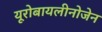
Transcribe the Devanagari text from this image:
यूरोबायलीनोजेन